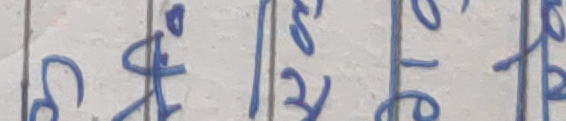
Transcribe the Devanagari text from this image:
रु फ ८२ १ १